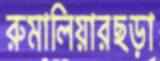
রুমালিয়ারছড়া